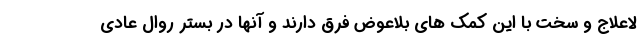
لاعلاج و سخت با این کمک های بلاعوض فرق دارند و آنها در بستر روال عادی